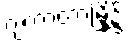
ဂျကာတာမြို့၌